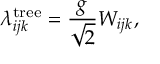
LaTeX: \lambda _ { i j k } ^ { \mathrm { t r e e } } = \frac { g } { \sqrt { 2 } } W _ { i j k } ,